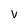
Character: v